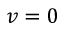
v = 0